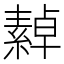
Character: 繛